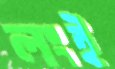
লংই